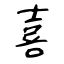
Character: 喜